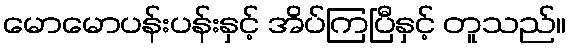
မောမောပန်းပန်းနှင့် အိပ်ကြပြီနှင့် တူသည်။